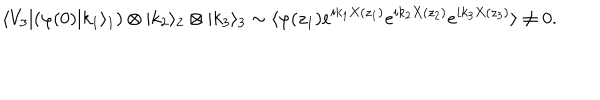
LaTeX: \langle V _ { 3 } | ( \varphi ( 0 ) | k _ { 1 } \rangle _ { 1 } ) \otimes | k _ { 2 } \rangle _ { 2 } \otimes | k _ { 3 } \rangle _ { 3 } \sim \langle \varphi ( z _ { 1 } ) e ^ { i k _ { 1 } X ( z _ { 1 } ) } e ^ { i k _ { 2 } X ( z _ { 2 } ) } e ^ { i k _ { 3 } X ( z _ { 3 } ) } \rangle \neq 0 .